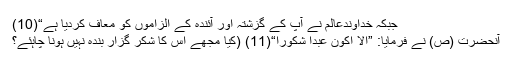
جبكہ خداوندعالم نے آپ كے گزشتہ اور آئندہ كے الزاموں كو معاف كرديا ہے“(10)
آنحضرت (ص) نے فرمايا: ”إلاّٰ اكون عبداً شكوراً“(11) (كيا مجھے اس كا شكر گزار بندہ نہيں ہونا چاہئے؟